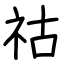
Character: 祜